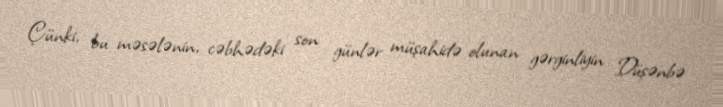
Çünki, bu məsələnin, cəbhədəki son günlər müşahidə olunan gərginliyin Düşənbə